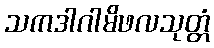
သကဒါဂါမိဖလသုတ္တံ